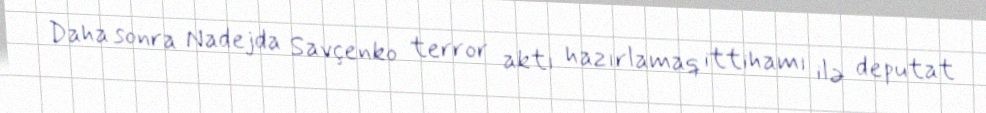
Daha sonra Nadejda Savçenko terror aktı hazırlamaq ittihamı ilə deputat